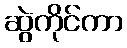
ဆွဲကိုင်ကာ